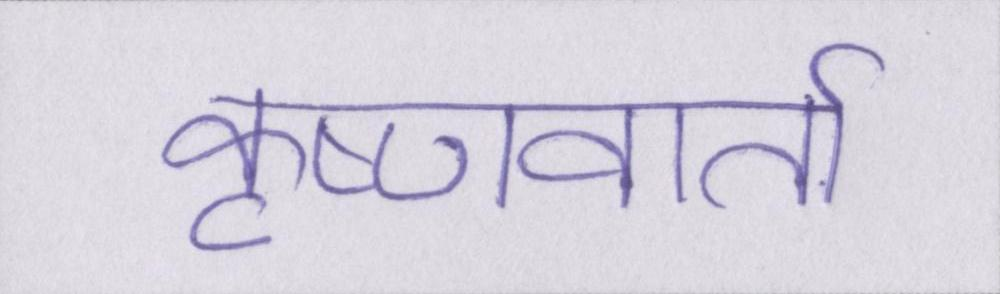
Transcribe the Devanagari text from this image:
कृष्णवार्ता